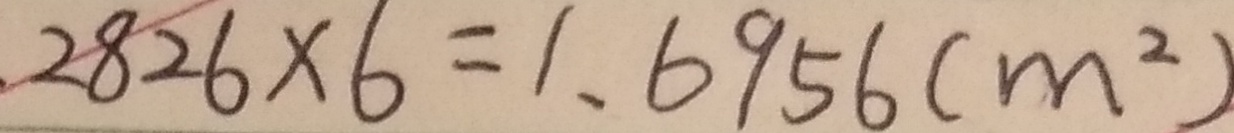
2 8 2 6 \times 6 = 1 . 6 9 5 6 ( m ^ { 2 } )